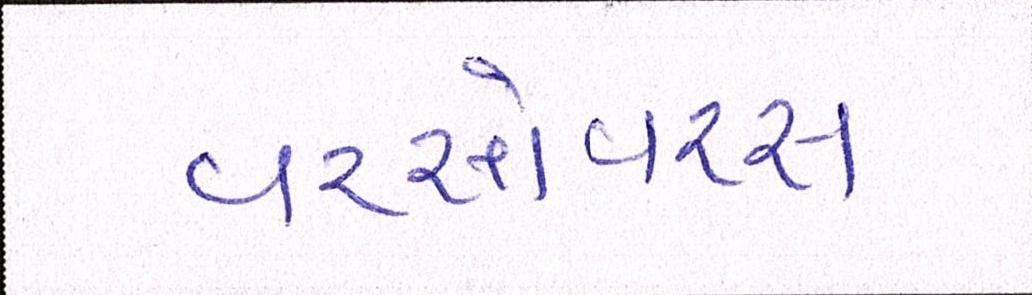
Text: વરસોવરસ